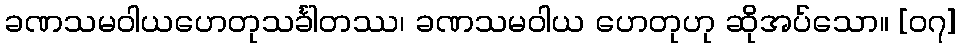
ခဏသမဝါယဟေတုသင်္ခါတဿ၊ ခဏသမဝါယ ဟေတုဟု ဆိုအပ်သော။ [၀၇]